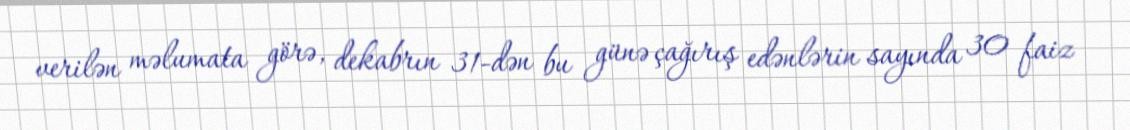
verilən məlumata görə, dekabrın 31-dən bu günə çağırış edənlərin sayında 30 faiz